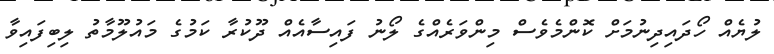
ލުޔެއް ހޯދައިދިނުމަށް ކޮންމެވެސް މިންވަރެއްގެ ލޯނު ފައިސާއެއް ދޫކުރާ ކަމުގެ މައުލޫމާތު ލިބިފައިވާ